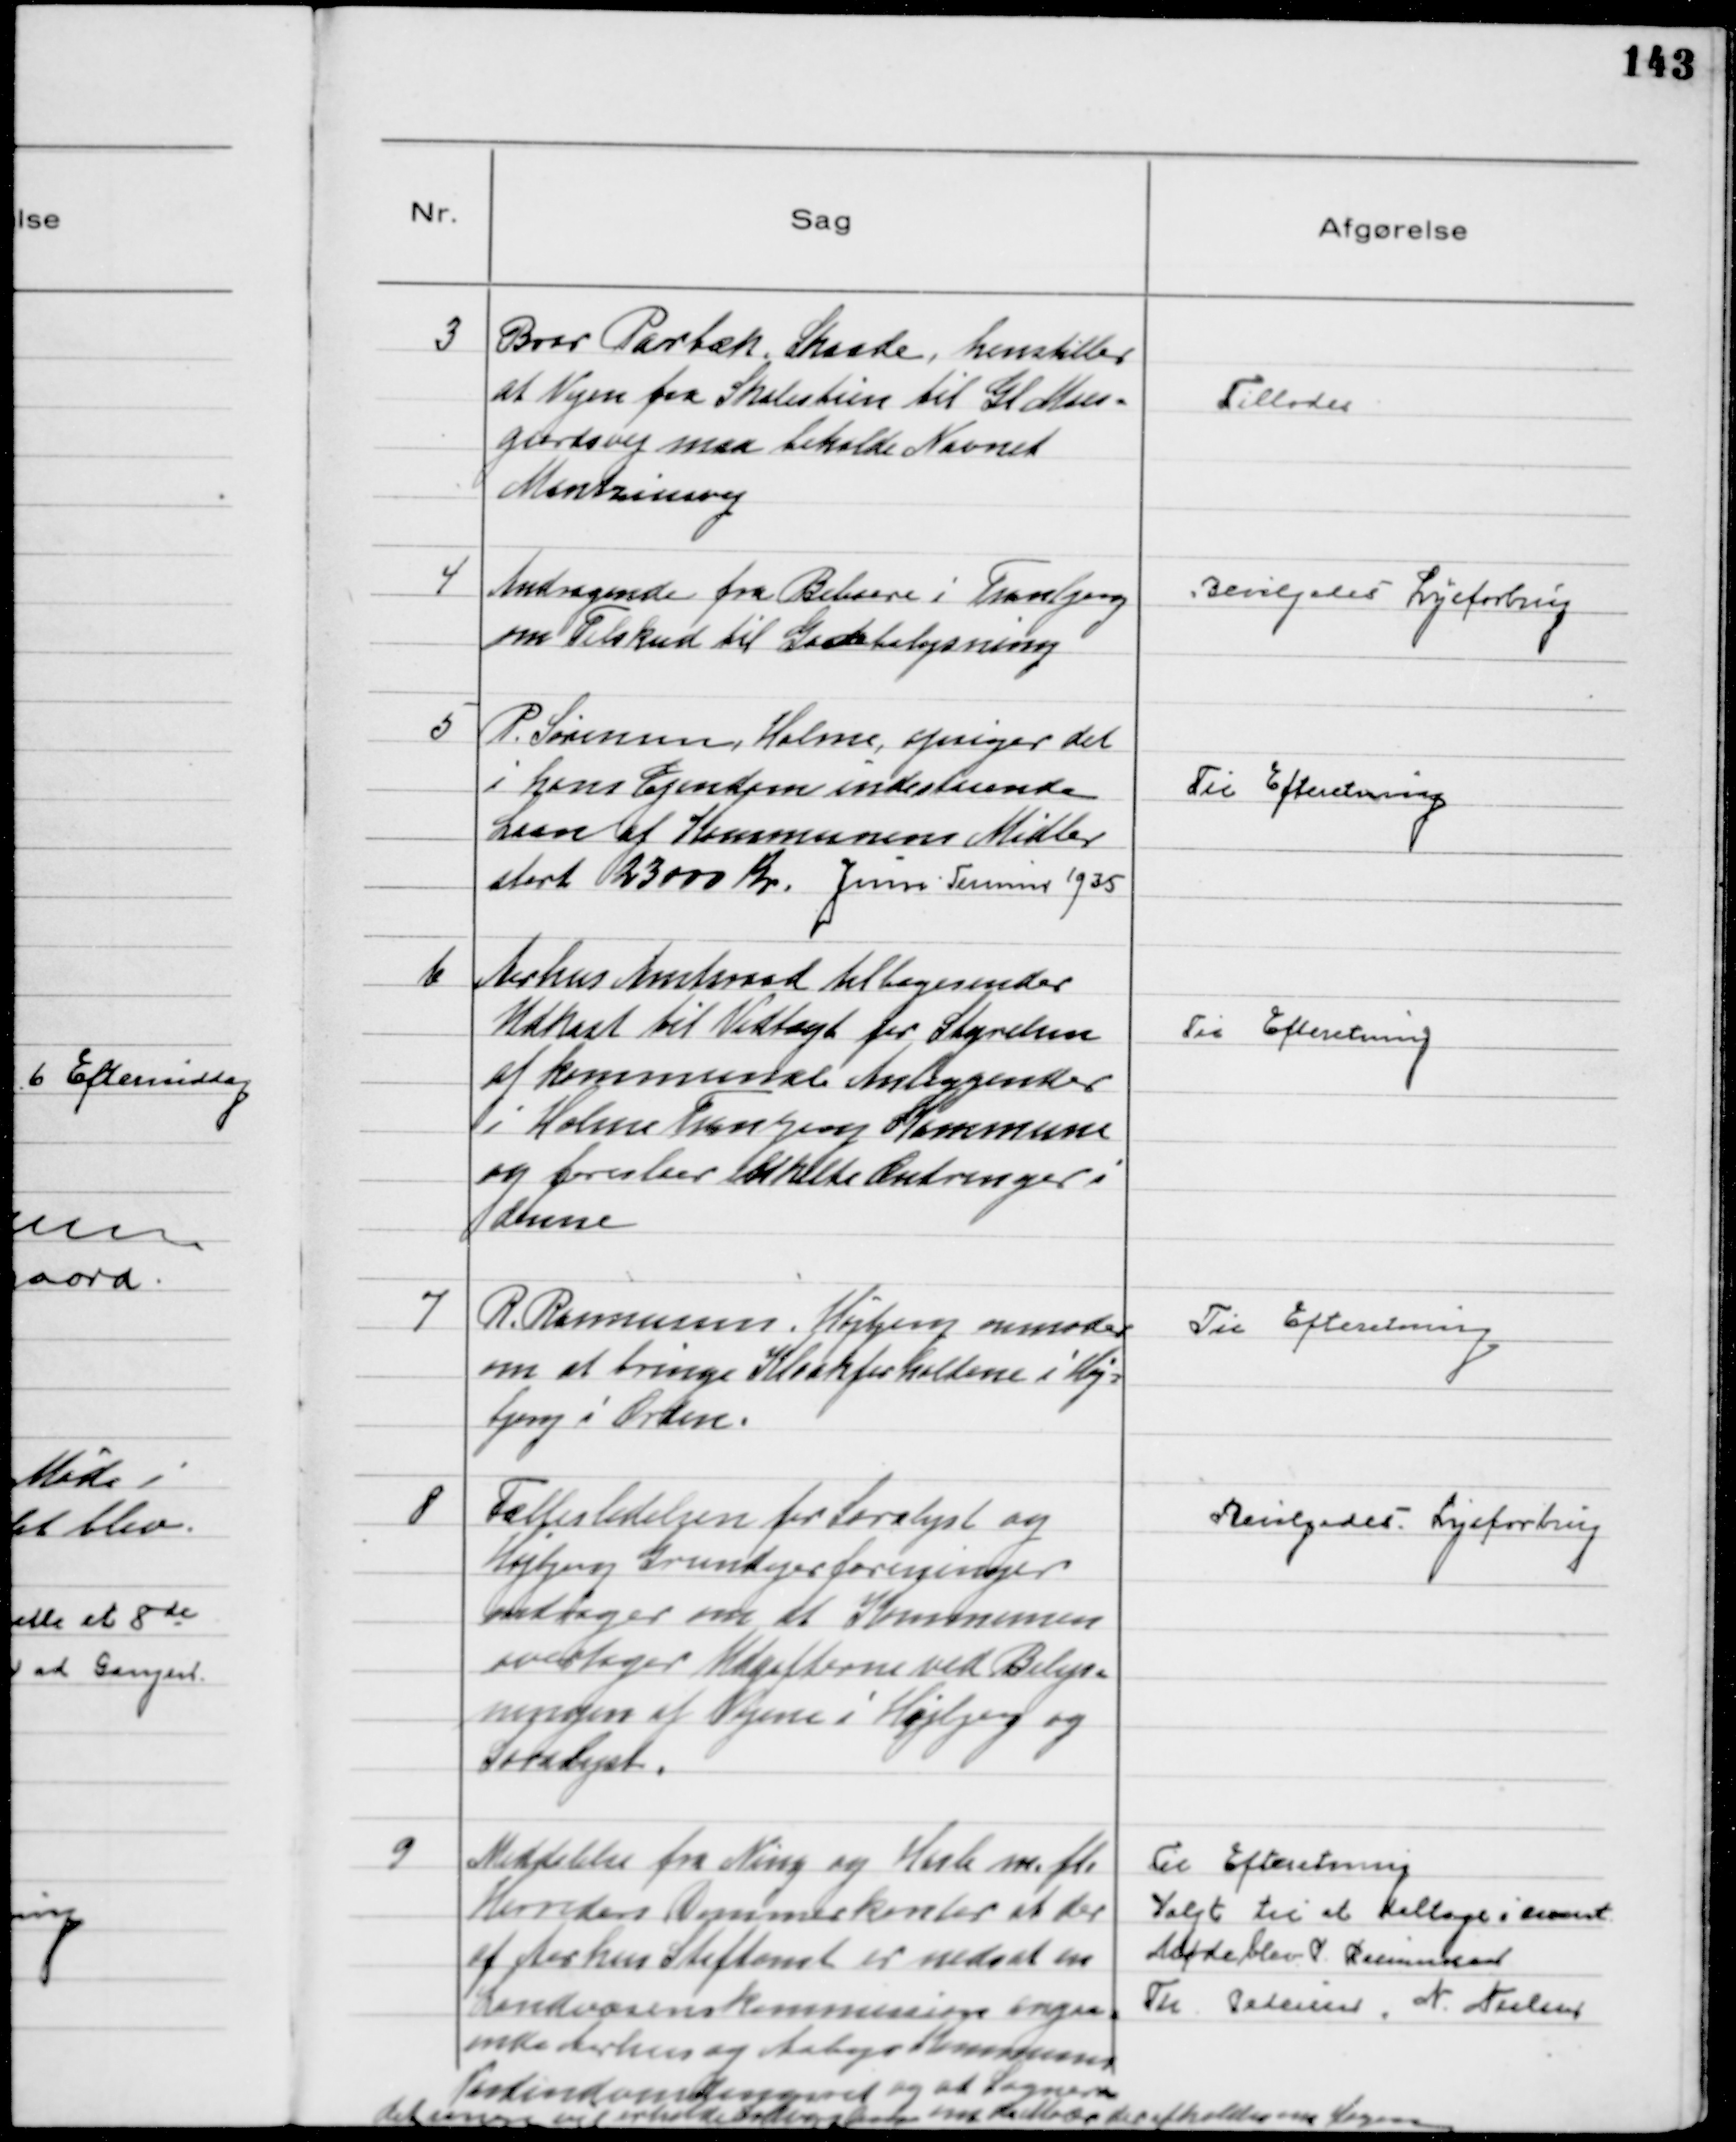
Transskription:
3
Bror Parbæk, Skaade, henstiller
at Vejen fra Skolestien til Gl Moes=
gaardsvej maa beholde Navnet 
Mantziusvej.

Tillodes

4
Andragende fra Beboere i Tranbjerg
om Tilskud til Gadebelysning

Bevilgedes Lysforbrug

5
P. Sørensen, Holme, opsiger det
i hans Ejendom indestaaende
Laan af Kommunens Midler
stort 23000 Kr. Juni Termin 1935

Til Efteretning

6
Aarhus Amtsraad tilbagesender
Udkast til Vedtægt for Styrelsen
af kommunale Anliggender
i Holme Tranbjerg Kommune
og foreslaar enkelte Ændringer i
denne

Til Efteretning

7
R. Rasmussen, Højbjerg anmoder
om at bringe Kloakforholdene i Høj=
bjerg i Orden.

Til Efteretning

8
Fællesledelsen for Saralyst og
Højbjerg Grundejerforeninger
andrager om at Kommunen
overtager Udgifterne ved Belys=
ningen af Vejene i Højbjerg og
Saralyst.

Bevilgedes Lysforbrug

9
Meddelelse fra Ning og Hasle m.fl.
Herreders Dommerkontor at der
af Aarhus Stiftamt er nedsat en
Landvæsenskommission angaa=
ende Aarhus og Aabys Kommuners
Vandindvindingsret og at Sogneraa=
det senere vil erholde Indvarsling om et Møde der afholdes om Sagen

Til Efteretning
Valgt til at deltage i event.
Møde blev P. Rasmussen
Th. Pedersen, N. Nielsen